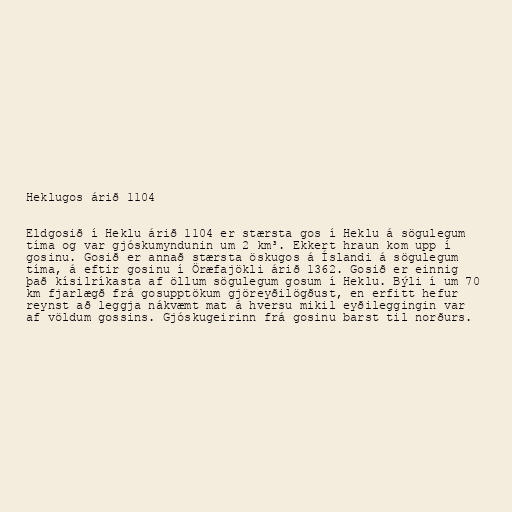
Heklugos árið 1104

Eldgosið í Heklu árið 1104 er stærsta gos í Heklu á sögulegum
tíma og var gjóskumyndunin um 2 km³. Ekkert hraun kom upp í
gosinu. Gosið er annað stærsta öskugos á Íslandi á sögulegum
tíma, á eftir gosinu í Öræfajökli árið 1362. Gosið er einnig
það kísilríkasta af öllum sögulegum gosum í Heklu. Býli í um 70
km fjarlægð frá gosupptökum gjöreyðilögðust, en erfitt hefur
reynst að leggja nákvæmt mat á hversu mikil eyðileggingin var
af völdum gossins. Gjóskugeirinn frá gosinu barst til norðurs.